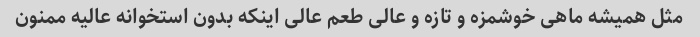
مثل همیشه ماهی خوشمزه و تازه و عالی طعم عالی اینکه بدون استخوانه عالیه ممنون